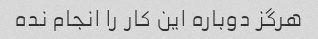
هرگز دوباره این کار را انجام نده